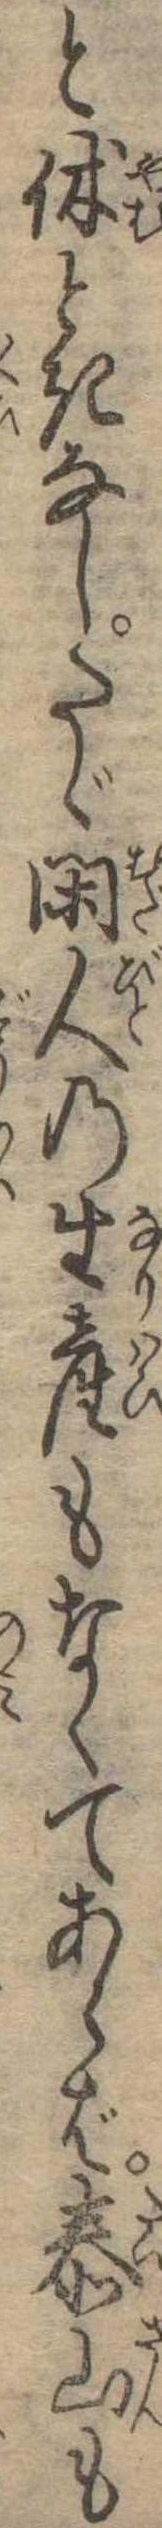
と休ときなしたゞ閑人の生産もなくてあらば泰山も